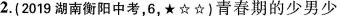
2.(2019湖南衡阳中考，6，★☆☆)青春期的少男少